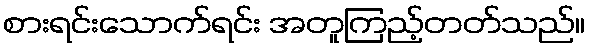
စားရင်းသောက်ရင်း အတူကြည့်တတ်သည်။